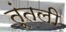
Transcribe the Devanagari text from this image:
तूंतली